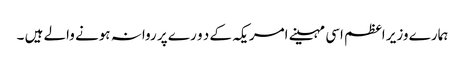
ہمارے وزیر اعظم اسی مہینے امریکہ کے د و ر ے پر روانہ ہونے والے ہیں ۔